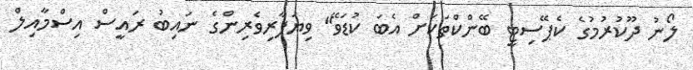
ލޯނު ދޫކުރުމުގެ ކެޕޭސިޓީ ބޭންކްތަކަށް އެބަ ކުޑަވޭ" ވިޔަފާރިވެރިންގެ ނައިބު ރައީސް އިސްމާއިލް